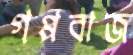
গপ্পবাজ